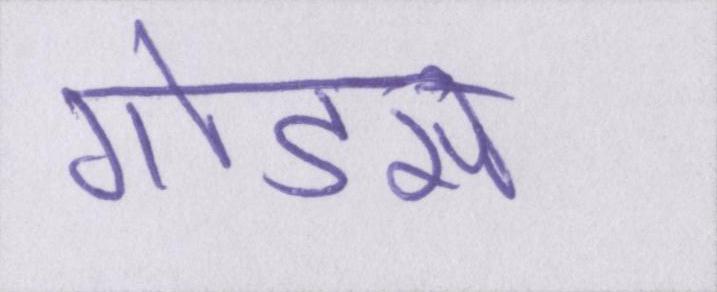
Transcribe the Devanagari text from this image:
गोडसे